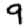
Digit: 9